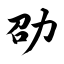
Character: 劭